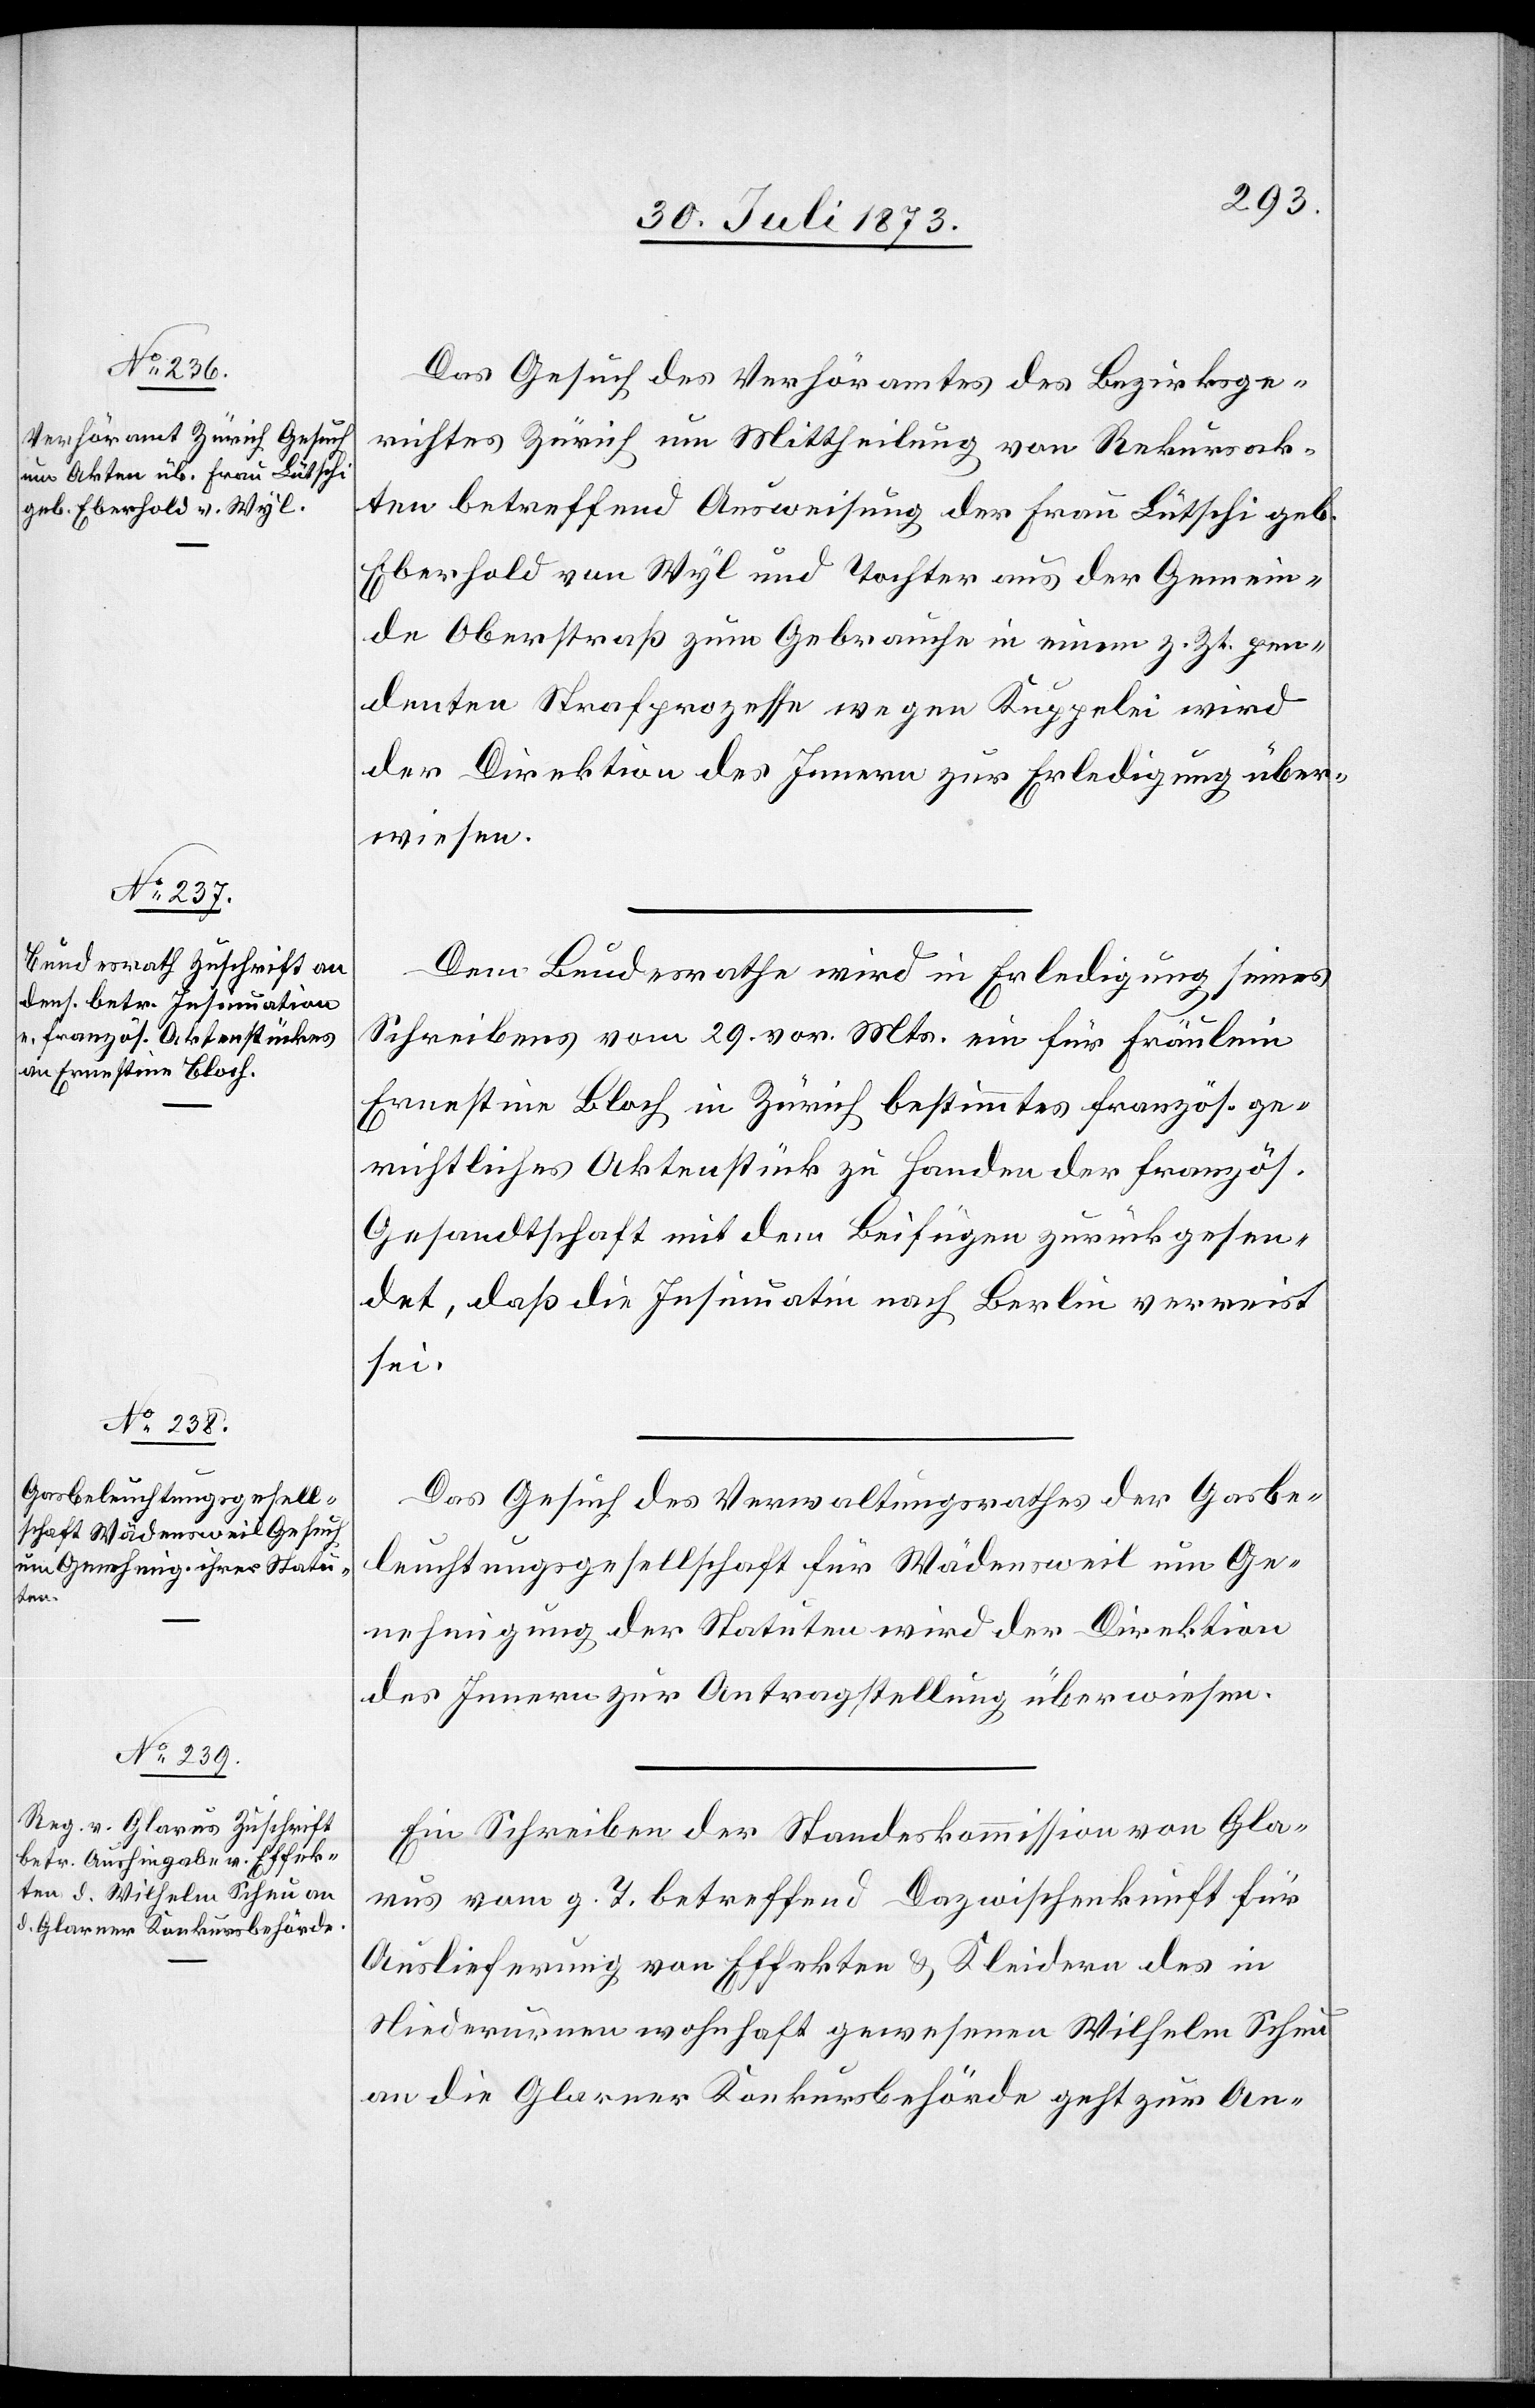
Das Gesuch des Verhöramtes des Bezirksge¬
richtes Zürich um Mittheilung von Rekursak¬
ten betreffend Ausweisung der Frau Lütschi geb.
Eberhold von Wyl und Tochter aus der Gemein¬
de Oberstraß zum Gebrauche in einem z. Zt. pen¬
denten Strafprozesse wegen Kuppelei wird
der Direktion des Innern zur Erledigung über¬
wiesen.
Dem Bundesrathe wird in Erledigung seines
Schreibens vom 29. vor. Mts. ein für Fräulein
Ernestine Bloch in Zürich bestimmtes französ. ge¬
richtliches Aktenstück zu Handen der französ.
Gesandtschaft mit dem Beifügen zurückgesen¬
det, daß die Insinuatin nach Berlin verreist
sei.
Das Gesuch des Verwaltungsrathes der Gasbe¬
leuchtungsgesellschaft für Wädensweil um Ge¬
nehmigung der Statuten wird der Direktion
des Innern zur Antragstellung überwiesen.
Ein Schreiben der Standeskommission von Gla¬
rus vom g. T. betreffend Dazwischenkunft für
Auslieferung von Effekten & Kleidern des in
Niederurnen wohnhaft gewesenen Wilhelm Scheu
an die Glarner Konkursbehörde geht zur An-